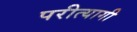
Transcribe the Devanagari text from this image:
परीत्यागी